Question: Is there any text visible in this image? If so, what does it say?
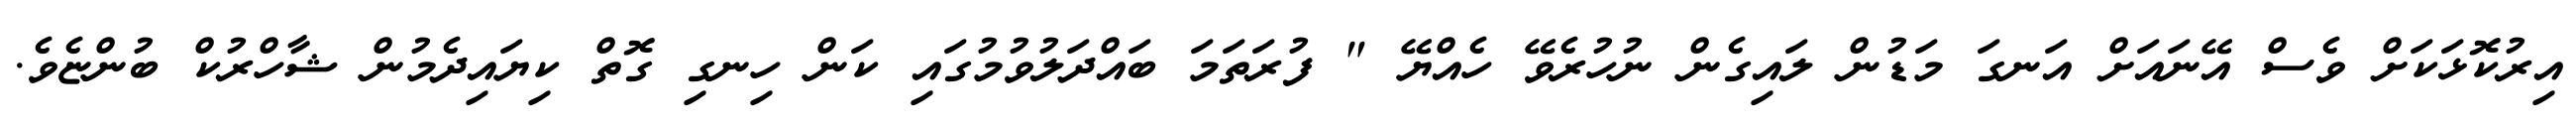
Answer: އިރުކޮޅަކަށް ވެސް އޭނައަށް އަނގަ މަޑުން ލައިގެން ނުހުރެވޭ ހެއްޔޭ " ފުރަތަމަ ބައްދަލުވުމުގައި ކަން ހިނގި ގޮތް ކިޔައިދެމުން ޝާހްރުކް ބުންޏެވެ.